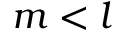
m < l